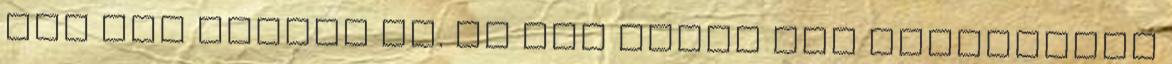
már nem érhető el. Az MSE többé nem támogatott